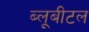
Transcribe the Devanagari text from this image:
ब्‍लूबीटल